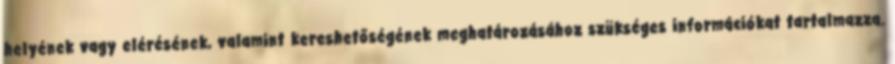
helyének vagy elérésének, valamint kereshetőségének meghatározásához szükséges információkat tartalmazza.